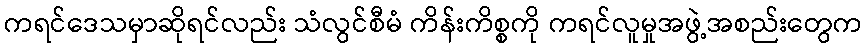
ကရင်ဒေသမှာဆိုရင်လည်း သံလွင်စီမံ ကိန်းကိစ္စကို ကရင်လူမှုအဖွဲ့အစည်းတွေက